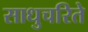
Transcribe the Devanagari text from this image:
साधुचरिते